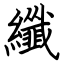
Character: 纖